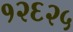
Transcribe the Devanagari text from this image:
१२६२५